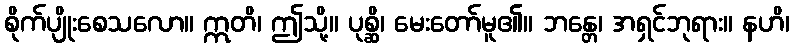
စိုက်ပျိုးစေသလော။ ဣတိ၊ ဤသို့။ ပုစ္ဆိ၊ မေးတော်မူ၏။ ဘန္တေ၊ အရှင်ဘုရား။ နဟိ၊